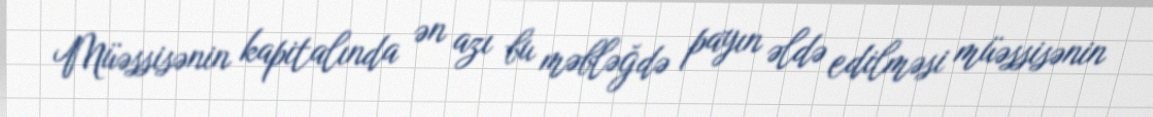
Müəssisənin kapitalında ən azı bu məbləğdə payın əldə edilməsi müəssisənin